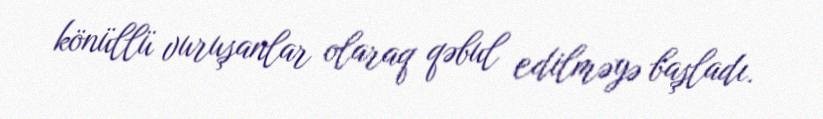
könüllü vuruşanlar olaraq qəbul edilməyə başladı.